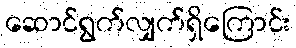
ဆောင်ရွက်လျှက်ရှိကြောင်း